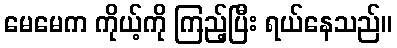
မေမေက ကိုယ့်ကို ကြည့်ပြီး ရယ်နေသည်။